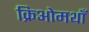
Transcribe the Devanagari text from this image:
क्रिओमथाँ